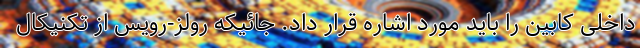
داخلی کابین را باید مورد اشاره قرار داد. جائیکه رولز-رویس از تکنیکال